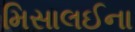
મિસાલઈના